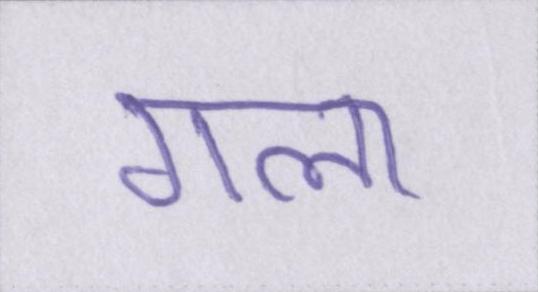
गला